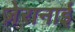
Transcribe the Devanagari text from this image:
ज़ेरानाई